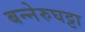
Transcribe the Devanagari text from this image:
बन्नेरुघट्टा